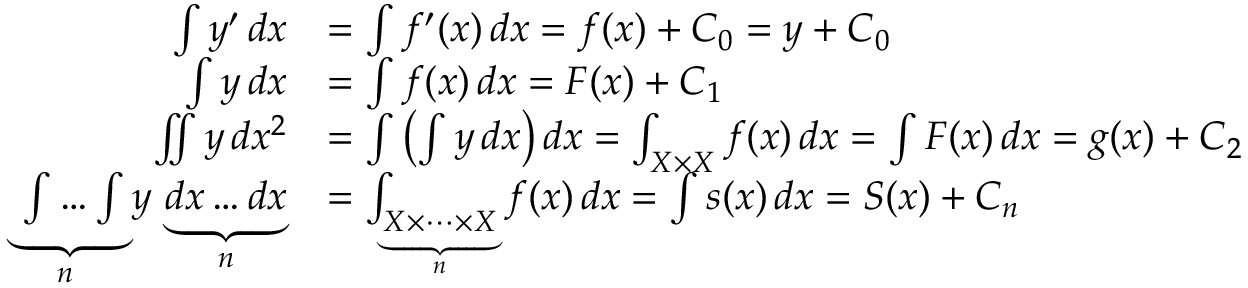
{ \begin{array} { r l } { \int y ^ { \prime } \, d x } & { = \int f ^ { \prime } ( x ) \, d x = f ( x ) + C _ { 0 } = y + C _ { 0 } } \\ { \int y \, d x } & { = \int f ( x ) \, d x = F ( x ) + C _ { 1 } } \\ { \iint y \, d x ^ { 2 } } & { = \int \left( \int y \, d x \right) d x = \int _ { X \times X } f ( x ) \, d x = \int F ( x ) \, d x = g ( x ) + C _ { 2 } } \\ { \underbrace { \int \dots \int } _ { \! \! n } y \, \underbrace { d x \dots d x } _ { n } } & { = \int _ { \underbrace { X \times \cdots \times X } _ { n } } f ( x ) \, d x = \int s ( x ) \, d x = S ( x ) + C _ { n } } \end{array} }